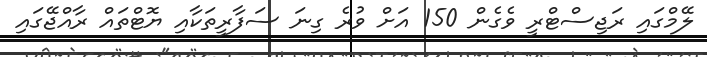
ލޭމްގައި ރަޖިސްޓްރީ ވެގެން 150 އަށް ވުރެ ގިނަ ސަފާރީތަކާއި ޔޮޓްތައް ރާއްޖޭގައި